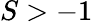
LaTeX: S>-1